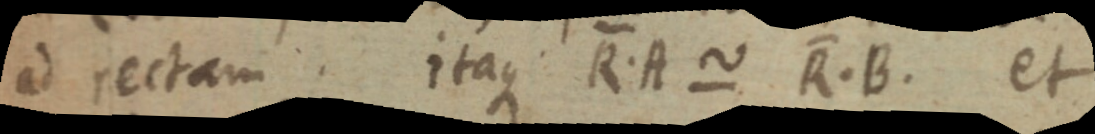
ad rectam. itaque R. A ~ R. B. et